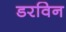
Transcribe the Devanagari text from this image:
डरविन